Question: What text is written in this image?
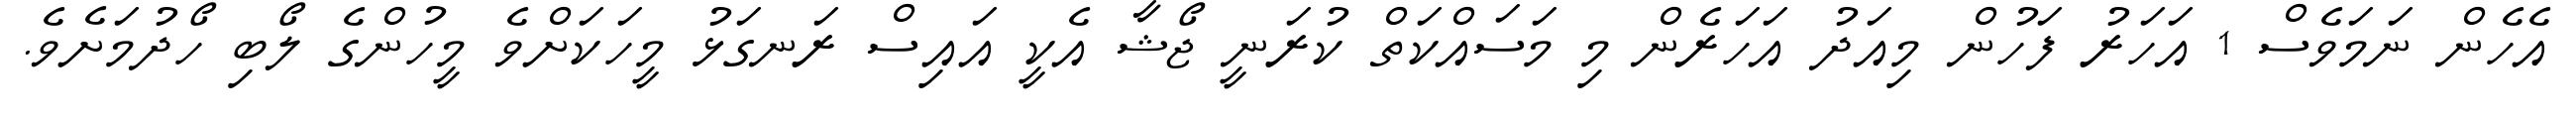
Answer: އެހެން ނަމަވެސް 1 އަހަރު ފަހުން މިއަދު އަހަރެން މި މަސައްކަތް ކުރަނީ ޖޯޝާ އެކީ އައިސް ރަނގަޅު މީހަކަށްވެ މީހުންގެ ލޯބި ހޯދުމަށެވެ.